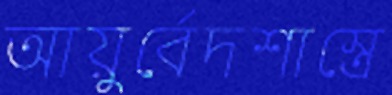
আয়ুর্বেদশাস্ত্রে